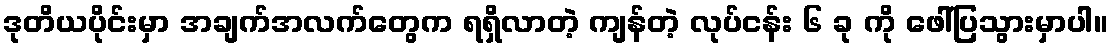
ဒုတိယပိုင်းမှာ အချက်အလက်တွေက ရရှိလာတဲ့ ကျန်တဲ့ လုပ်ငန်း ၆ ခု ကို ဖေါ်ပြသွားမှာပါ။